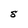
Character: S